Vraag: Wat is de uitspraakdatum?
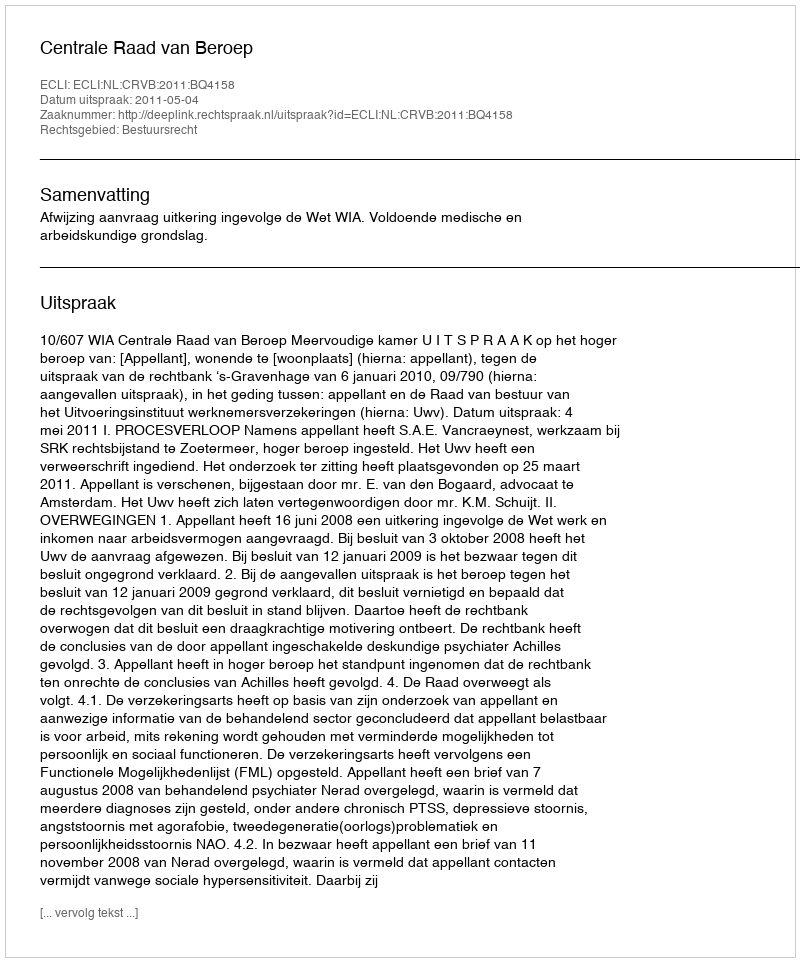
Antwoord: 2011-05-04